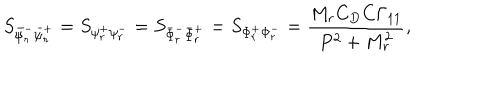
S _ { \bar { \psi } _ { r } ^ { - } \bar { \psi } _ { r } ^ { + } } = S _ { \psi _ { r } ^ { + } \psi _ { r } ^ { - } } = S _ { \bar { \Phi } _ { r } ^ { - } \bar { \Phi } _ { r } ^ { + } } = S _ { \Phi _ { r } ^ { + } \Phi _ { r } ^ { - } } = \frac { M _ { r } C _ { D } C \Gamma _ { 1 1 } } { P ^ { 2 } + M _ { r } ^ { 2 } } ,